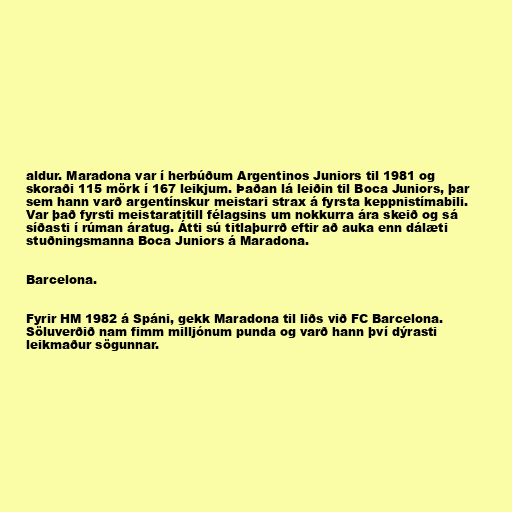
aldur. Maradona var í herbúðum Argentinos Juniors til 1981 og
skoraði 115 mörk í 167 leikjum. Þaðan lá leiðin til Boca Juniors, þar
sem hann varð argentínskur meistari strax á fyrsta keppnistímabili.
Var það fyrsti meistaratitill félagsins um nokkurra ára skeið og sá
síðasti í rúman áratug. Átti sú titlaþurrð eftir að auka enn dálæti
stuðningsmanna Boca Juniors á Maradona.

Barcelona.

Fyrir HM 1982 á Spáni, gekk Maradona til liðs við FC Barcelona.
Söluverðið nam fimm milljónum punda og varð hann því dýrasti
leikmaður sögunnar.